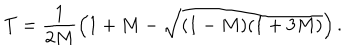
T = \frac { 1 } { 2 M } \left( 1 + M - \sqrt { ( 1 - M ) ( 1 + 3 M ) } \right) .